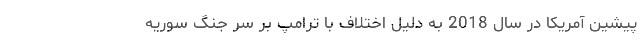
پیشین آمریکا در سال 2018 به دلیل اختلاف با ترامپ بر سر جنگ سوریه